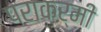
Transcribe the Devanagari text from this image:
पराकर्मी